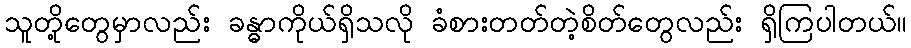
သူတို့တွေမှာလည်း ခန္ဓာကိုယ်ရှိသလို ခံစားတတ်တဲ့စိတ်တွေလည်း ရှိကြပါတယ်။